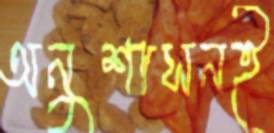
অনুশাসনই